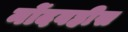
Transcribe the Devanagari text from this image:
नोंदवहीस